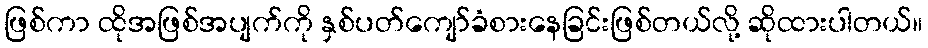
ဖြစ်ကာ ထိုအဖြစ်အပျက်ကို နှစ်ပတ်ကျော်ခံစားနေခြင်းဖြစ်တယ်လို့ ဆိုထားပါတယ်။